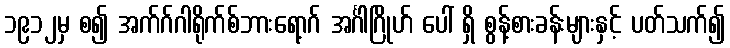
၁၉၁၂မှ စ၍ အက်ဂ်ဂါရိုက်စ်ဘားရော့ဂ် အင်္ဂါဂြိုဟ် ပေါ် ရှိ စွန့်စားခန်းများနှင့် ပတ်သက်၍